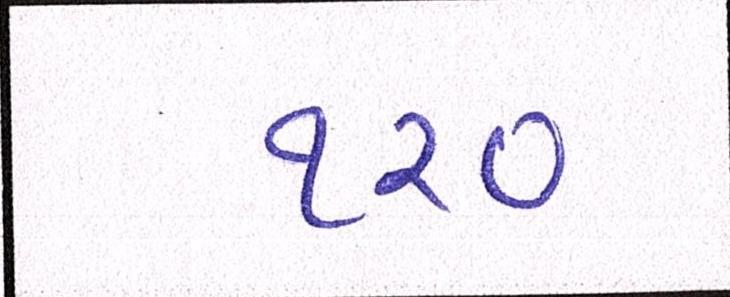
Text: ૧૨૦